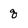
Character: q